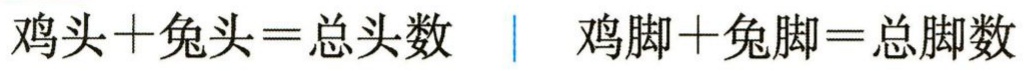
鸡头+兔头=总头数  | 鸡脚+兔脚=总脚数